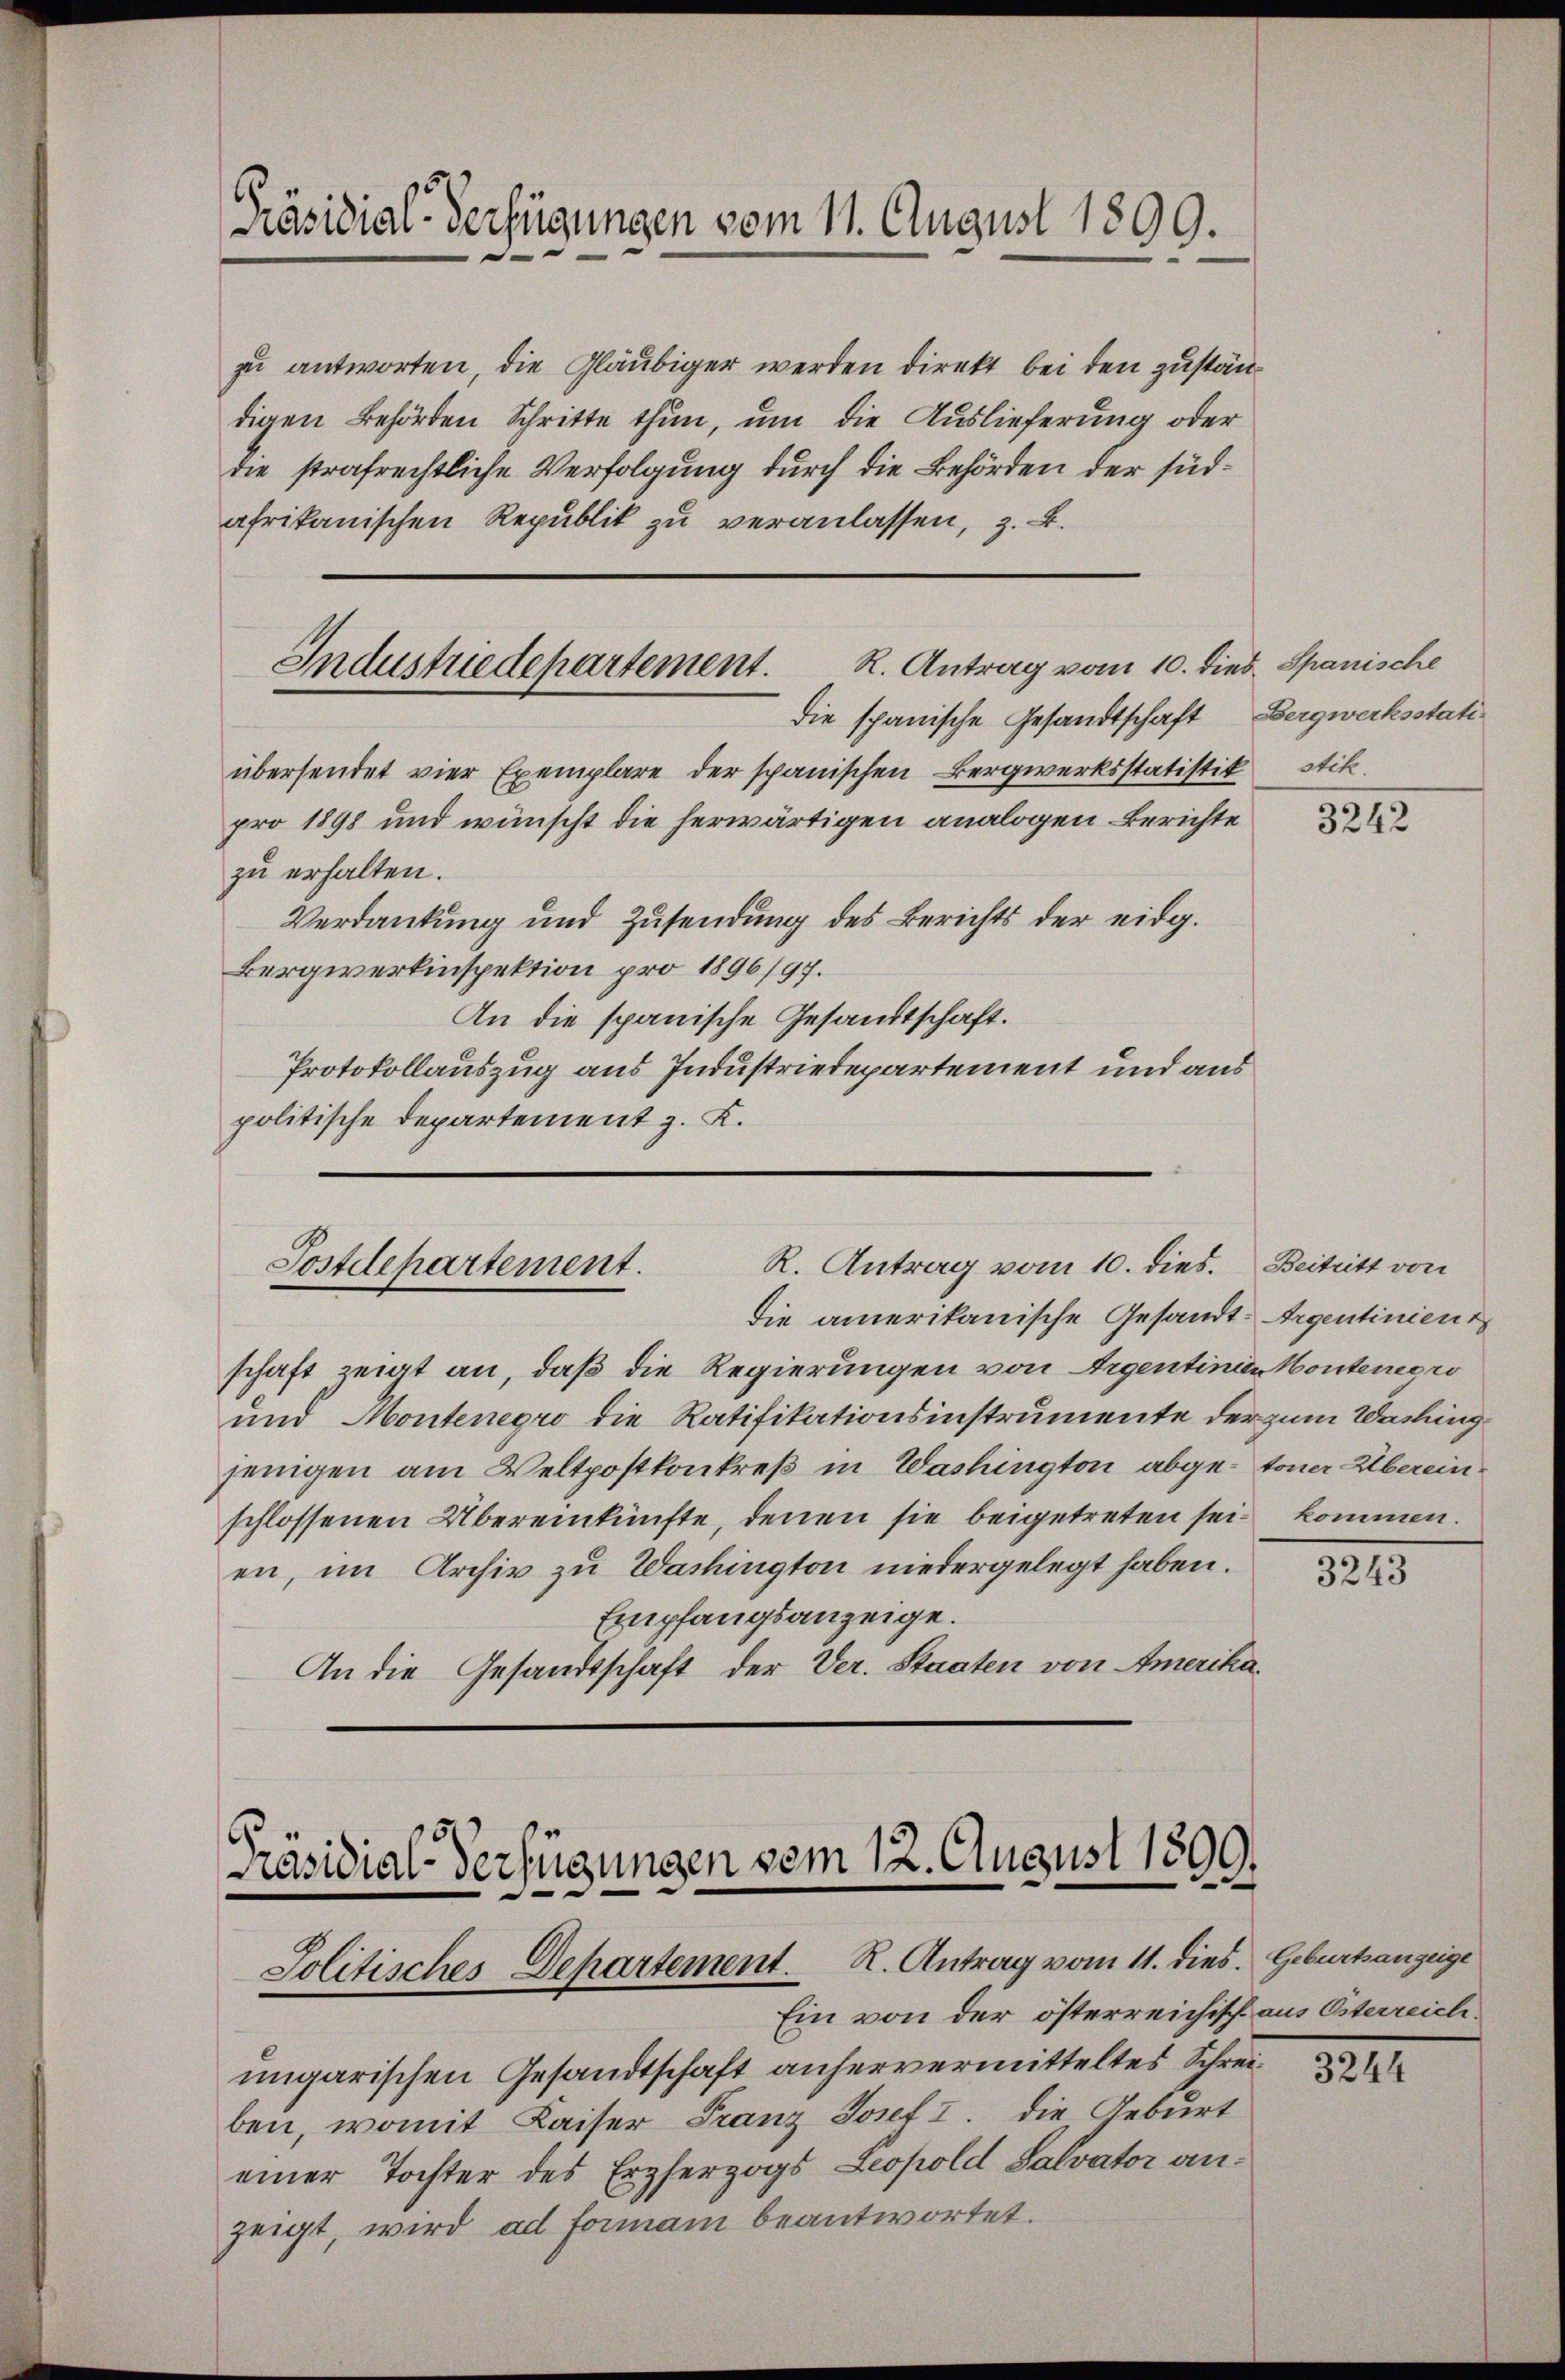
Präsidial-Verfügungen vom 11. August 1899.

zu antworten, die Gläubiger werden direkt bei den zuständigen Behörden Schritte thun, um die Auslieferung oder
die strafrechtliche Verfolgung durch die Behörden der südafrikanischen Republik zu veranlassen, z. B.

die spanische Gesandtschaft Bergwerksstatiübersendet vier Exemplare der spanischen Bergwerksstatistik stik,
pro 1898 und wünscht die herwärtigen analogen Berichte
zu erhalten.
Verdankung und Zusendung des Berichts der eidg.
Bergwerkinspektion pro 1896/97.
An die spanische Gesandtschaft.
Protokollauszug aus Industriedepartement und aus
politische Departement z. B.
R. Antrag vom 10. dies. Beitritt von
Postdepartement.
die amerikanische Gesandt-Argentinien
schaft zeigt an, daß die Regierungen von Argentini Monteneoro
und Montenegro die Ratifikationsinstrumente der zum Washing
jenigen am Weltpostkonkreß in Washington abge-toner Überein.
schlossenen Übereinkünfte, denen sie beigetreten seien, im Archiv zu Washington niedergelegt haben.
Empfangsanzeige.
An die Gesandtschaft der Ver. Staaten von Amerika¬

ungarischen Gesandtschaft anhervermitteltes Schreiben, womit Kaiser Franz Josef I. die Geburt
einer Tochter des Erzherzogs Leopold Salvator anzeigt, wird ad formann beantwortet.

Industriedepartement. R. Antrag vom 10. dies. Spanische

Präsidial-Verfügungen vom 12. August 1890.
Jolitisches Departement. R. Antrag vom 11. dies. Geburtsanzeige
Ein von der österreichisch aus Österreich.

3242

kommen.

3243

3241